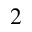
_ 2